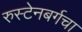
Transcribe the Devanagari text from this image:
रुस्टेनबर्गचा